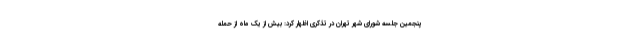
پنجمین جلسه شورای شهر تهران در تذکری اظهار کرد: بیش از یک ماه از حمله